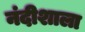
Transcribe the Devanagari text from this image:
नंदीशाला